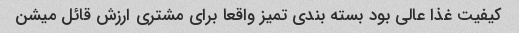
کیفیت غذا عالی بود بسته بندی تمیز واقعا برای مشتری ارزش قائل میشن